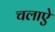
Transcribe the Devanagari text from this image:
चलाऐ